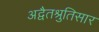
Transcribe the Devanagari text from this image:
अद्वैतश्रुतिसार